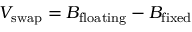
V _ { \mathrm { s w a p } } = B _ { \mathrm { f l o a t i n g } } - B _ { \mathrm { f i x e d } }